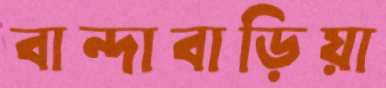
বান্দাবাড়িয়া